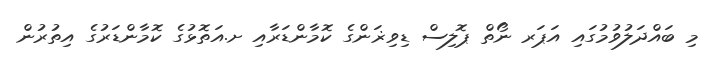
މި ބައްދަލުވުމުގައި އަޕަރ ނޯތް ޕޮލިސް ޑިވިޜަންގެ ކޮމާންޑަރާއި ށ.އަތޮޅުގެ ކޮމާންޑަރުގެ އިތުރުން